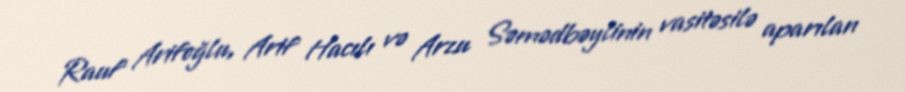
Rauf Arifoğlu, Arif Hacılı və Arzu Səmədbəylinin vasitəsilə aparılan